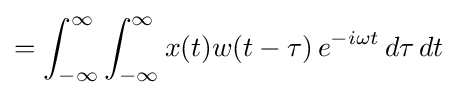
=\int _{-\infty }^{\infty }\int _{-\infty }^{\infty }x(t)w(t-\tau )\,e^{-i\omega t}\,d\tau \,dt